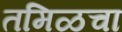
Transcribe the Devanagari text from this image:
तमिळचा